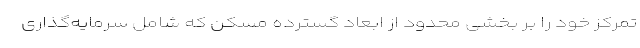
تمرکز خود را بر بخشی محدود از ابعاد گسترده مسکن که شامل سرمایه‌گذاری